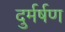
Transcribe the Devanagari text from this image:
दुर्मर्षण